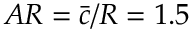
A R = \bar { c } / R = 1 . 5